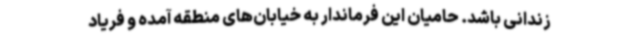
زندانی باشد. حامیان این فرماندار به خیابان‌های منطقه آمده و فریاد